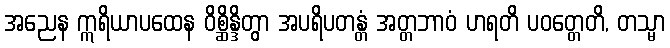
အညေန ဣရိယာပထေန ဝိစ္ဆိန္ဒိတွာ အပရိပတန္တံ အတ္တဘာဝံ ဟရတိ ပဝတ္တေတိ, တသ္မာ